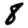
Digit: 8